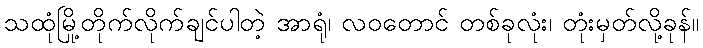
သထုံမြို့တိုက်လိုက်ချင်ပါတဲ့ အာရုံ၊ လဝတောင် တစ်ခုလုံး၊ တုံးမှတ်လို့ခုန်။